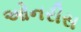
ઓનરીસ